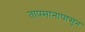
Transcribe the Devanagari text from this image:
तापमानापासून